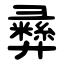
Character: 彞